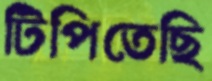
টিপিতেছি